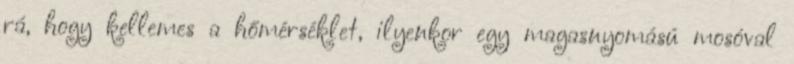
rá, hogy kellemes a hőmérséklet, ilyenkor egy magasnyomású mosóval